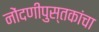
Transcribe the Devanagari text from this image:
नोंदणीपुस्तकांचा